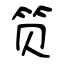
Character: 笕